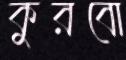
কুরবো